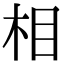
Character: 相